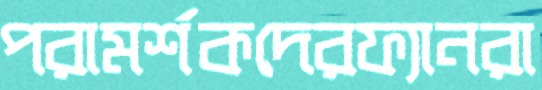
পরামর্শকদেরফ্যানরা